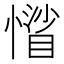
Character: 𢡾